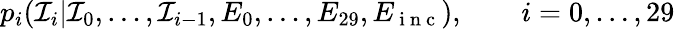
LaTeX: p_{i}({\mathcal I}_{i}|{\mathcal I}_{0},\dots,{\mathcal I}_{i-1},E_{0},\dots,E_{29},E_{\mathrm{~i~n~c~}}),\qquad i=0,\dots,29